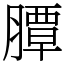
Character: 䐺